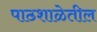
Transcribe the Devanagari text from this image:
पाठशाळेतील